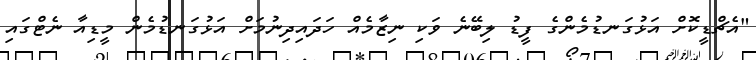
"އެޗްޑީކޮށް އަޅުގަނޑުމެންގެ ފީޑު ލިބޭނެ ވަކި ނިޒާމެއް ހަދައިދިނުމަށް އަޅުގަނޑުމެން މީޑިއާ ނެޓްގައި